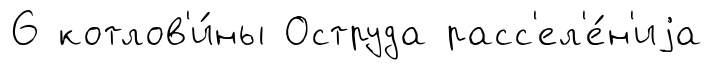
6 котлов'и́ны Оструда расс'ел'е́н'иjа